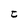
Character: t